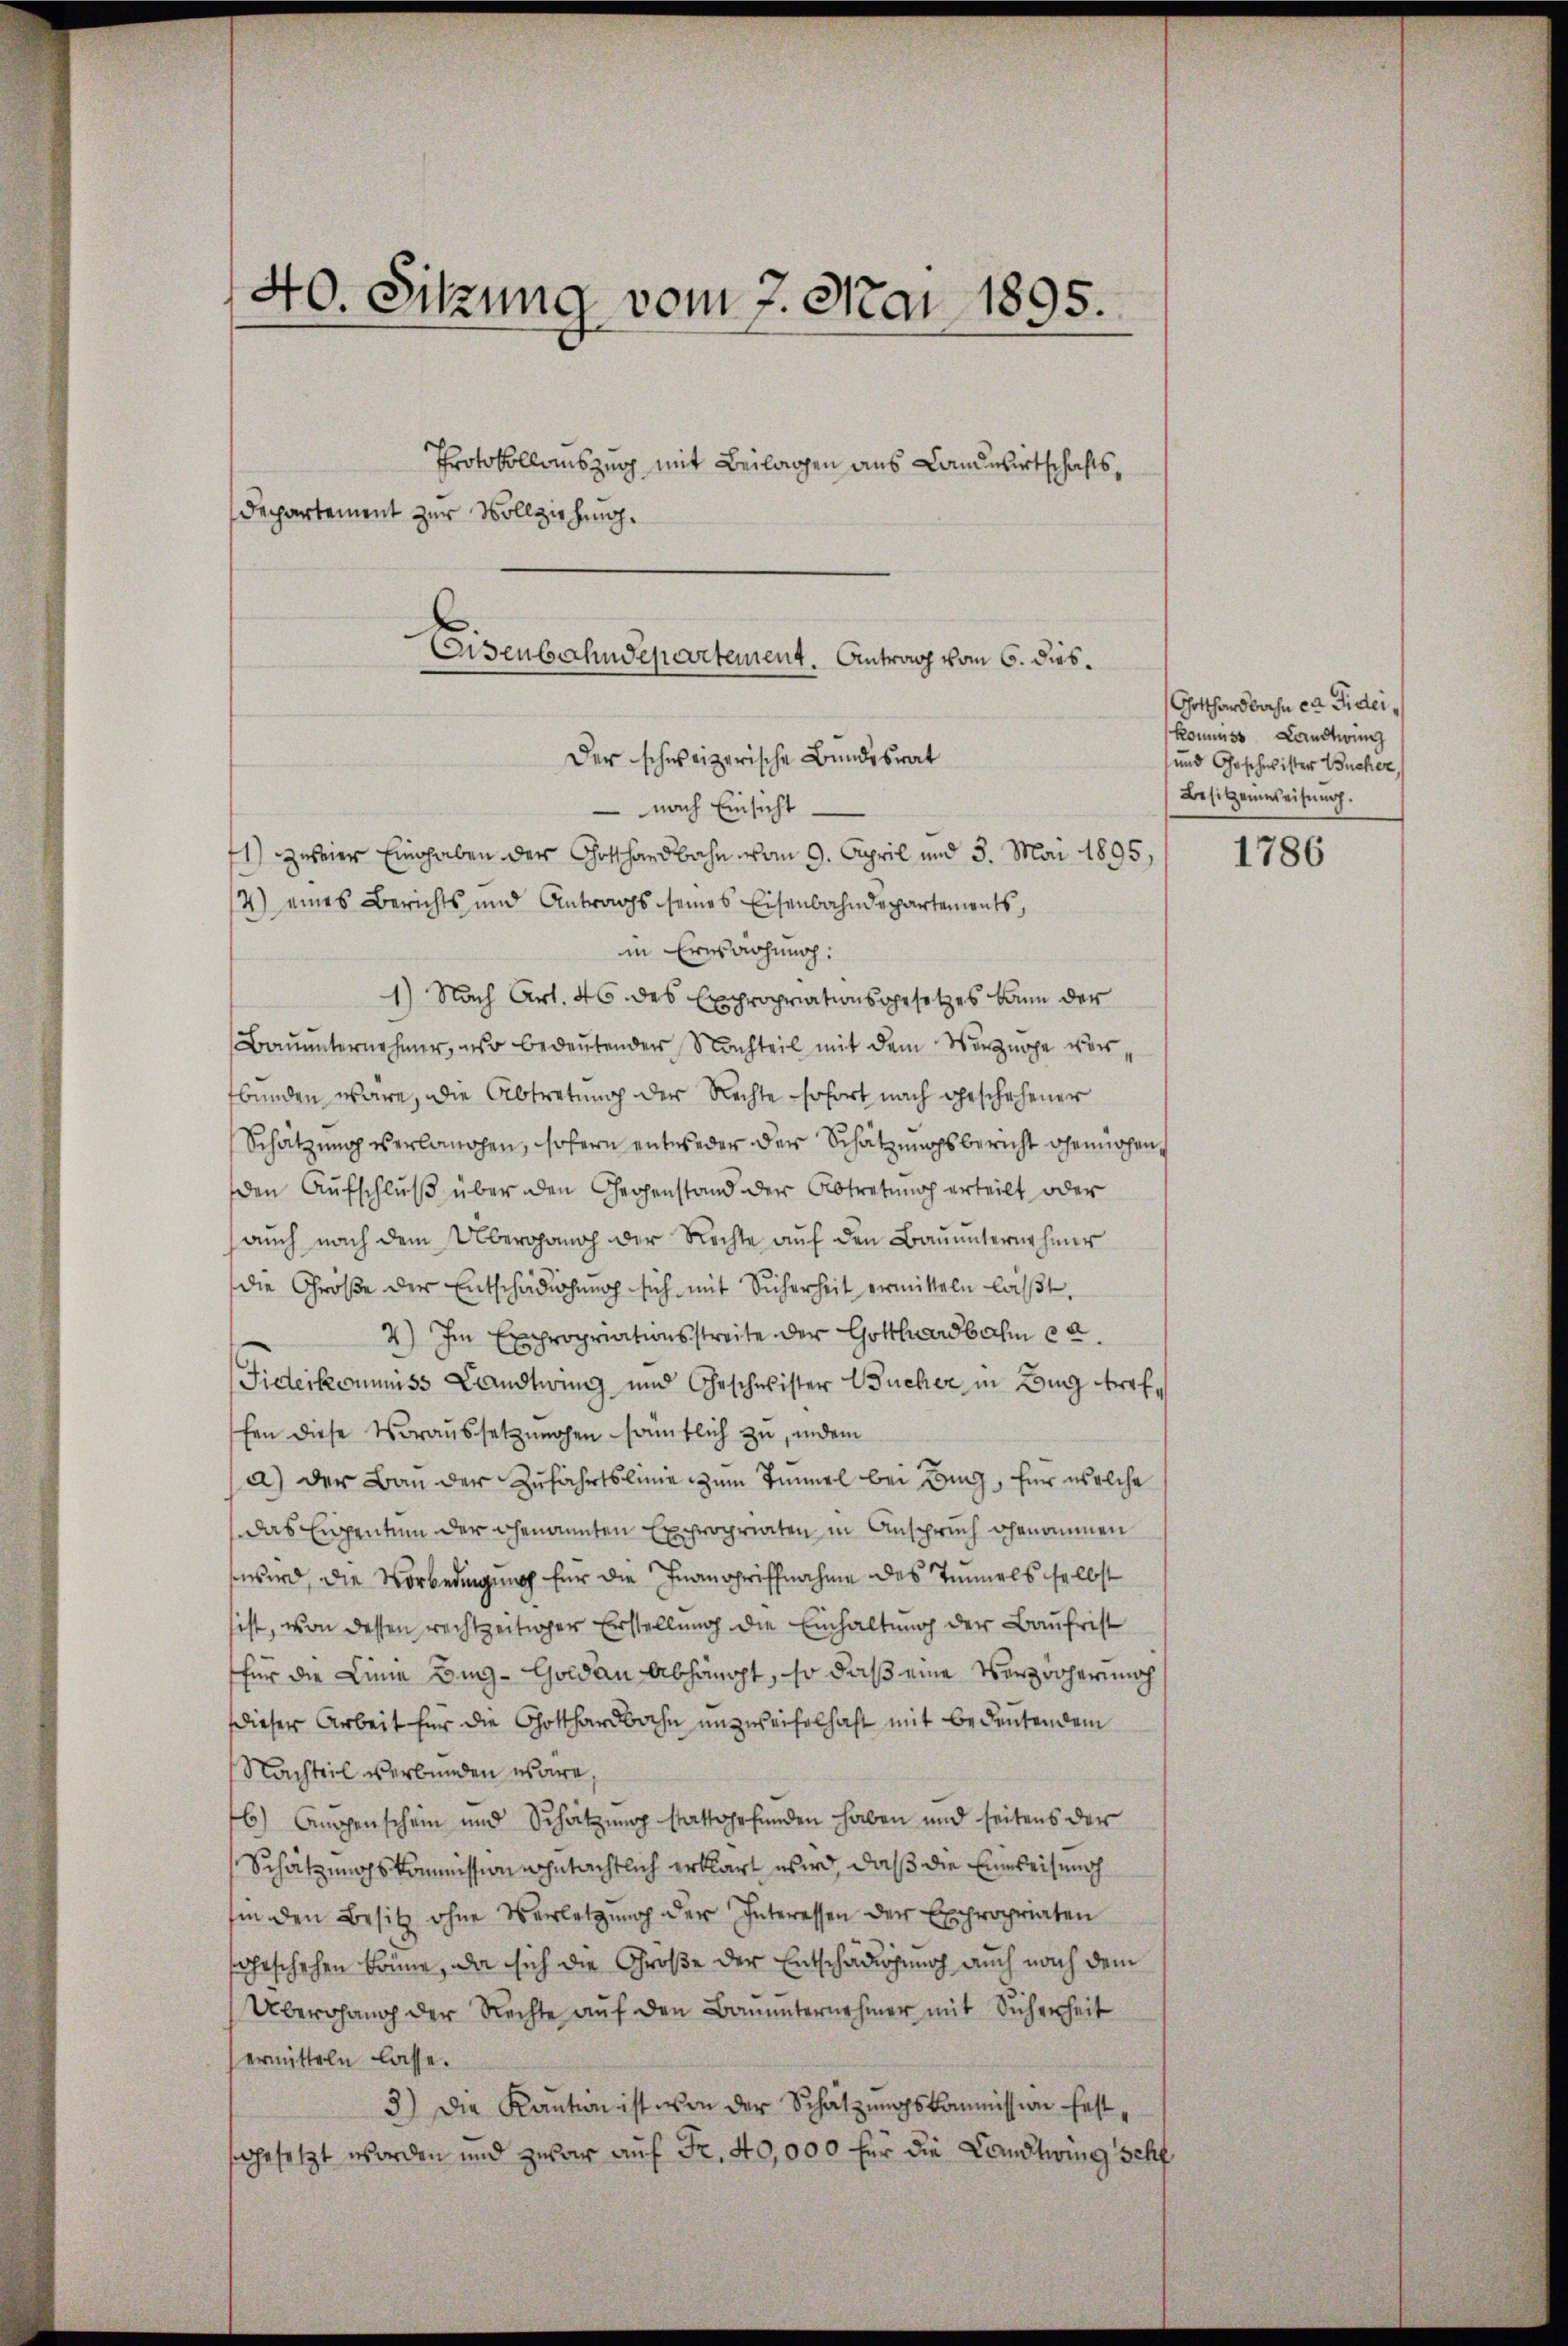
40. Sitzung vom 7. Mai 1895.

Departement zur Vollziehung.
Eisenbahndepartement. Antrag vom 6. dies¬

1) zweier Eingaben der Gotthardbahn vom 9. April und 3. Mai 1895,
4) eines Berichts und Antrags seines Eisenbahndepartements,
in Erwachung:
1) Nach Art. 46 des Expropriationsgesetzes kann der
Bauunternehmer, nur bedeutenden Nachteil mit dem Verzöge wursbunden wäre, die Abtretung der Rechte sofort nach geschehener
Schätzung verlangen, sofern entweder der Schätzungsbericht gemühen,
den Aufschluß über den Gegenstand der Abtretung erteilt oder
auch nach dem Übergang der Rechte aŭf den Baŭŭnternehmer
die Größe der Entschädigung sich mit Sicherheit ermitteln läßt,
4) Im Expropriationsstreite der Gotthardbahn et
Fideikommiss Landtwing und Eheschwister Bücher in Burg Arrffen diese Voraussetzungen sämtlich zu, indem
a) der Bau der Zufahrtslinie zum Temmel bei Brig, für welche
das Eigentum der genannten Expropriaten in Anspruch genommen
wird, die Vorbedingung für die Inangriffnahme des Tunnels selbst
ist, von dessen rechtzeitiger Erstellung die Einhaltung der Baufrist
für die Linie Big-Goldau abhängt, so daß eine Verzwohernach
dieser Arbeit für die Gotthardbahn unzweifelhaft mit bedeutendem
Nachteil verbunden wäre,
6) Augenschein und Schätzung stattgefunden haben und seitens der
Schätzungskommission gutächtlich erklärt wird, daß die Einweisung
hin den Besitz ohne Verletzung der Interessen der Expropriaten
sgeschehen könne, da sich die Größe der Entschädigung auch nach dem
Übergang der Rechte aŭf den Bauunternehmer mit Sicherheit
ermitteln lasse.
3) Die Kaution ist von der Schätzungskommission festsgesetzt worden und zwar auf Fr. 40,000 für die Landtwing schf

Protokollauszug mit Beilagen aus Landwirtschafts¬

Der schweizerische Bundesrat
 nach Einsicht

Gotthardbahn ca Fideikommes Landtwing
und Gesches ister Bucher
Besitzensweisung.

1786